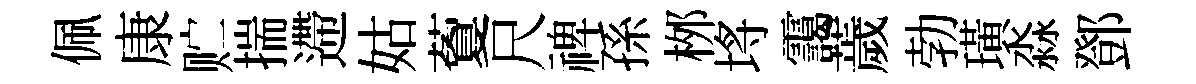
佩康贮揣遰姑藑尺禆孫桞埓靄薉勃璜淼鄧